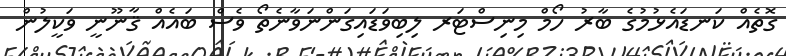
ގޮތެއް ކަނޑައެޅުމުގެ ބާރު ހޯމް މިނިސްޓަރ ލިބިވަޑައިގަންނަވާނެތޯ ވެސް ބައެއް ޤާނޫނީ ވަކީލުން